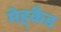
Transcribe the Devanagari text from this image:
मेह्कैड